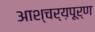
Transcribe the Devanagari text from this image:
आश्चर्य़पूर्ण